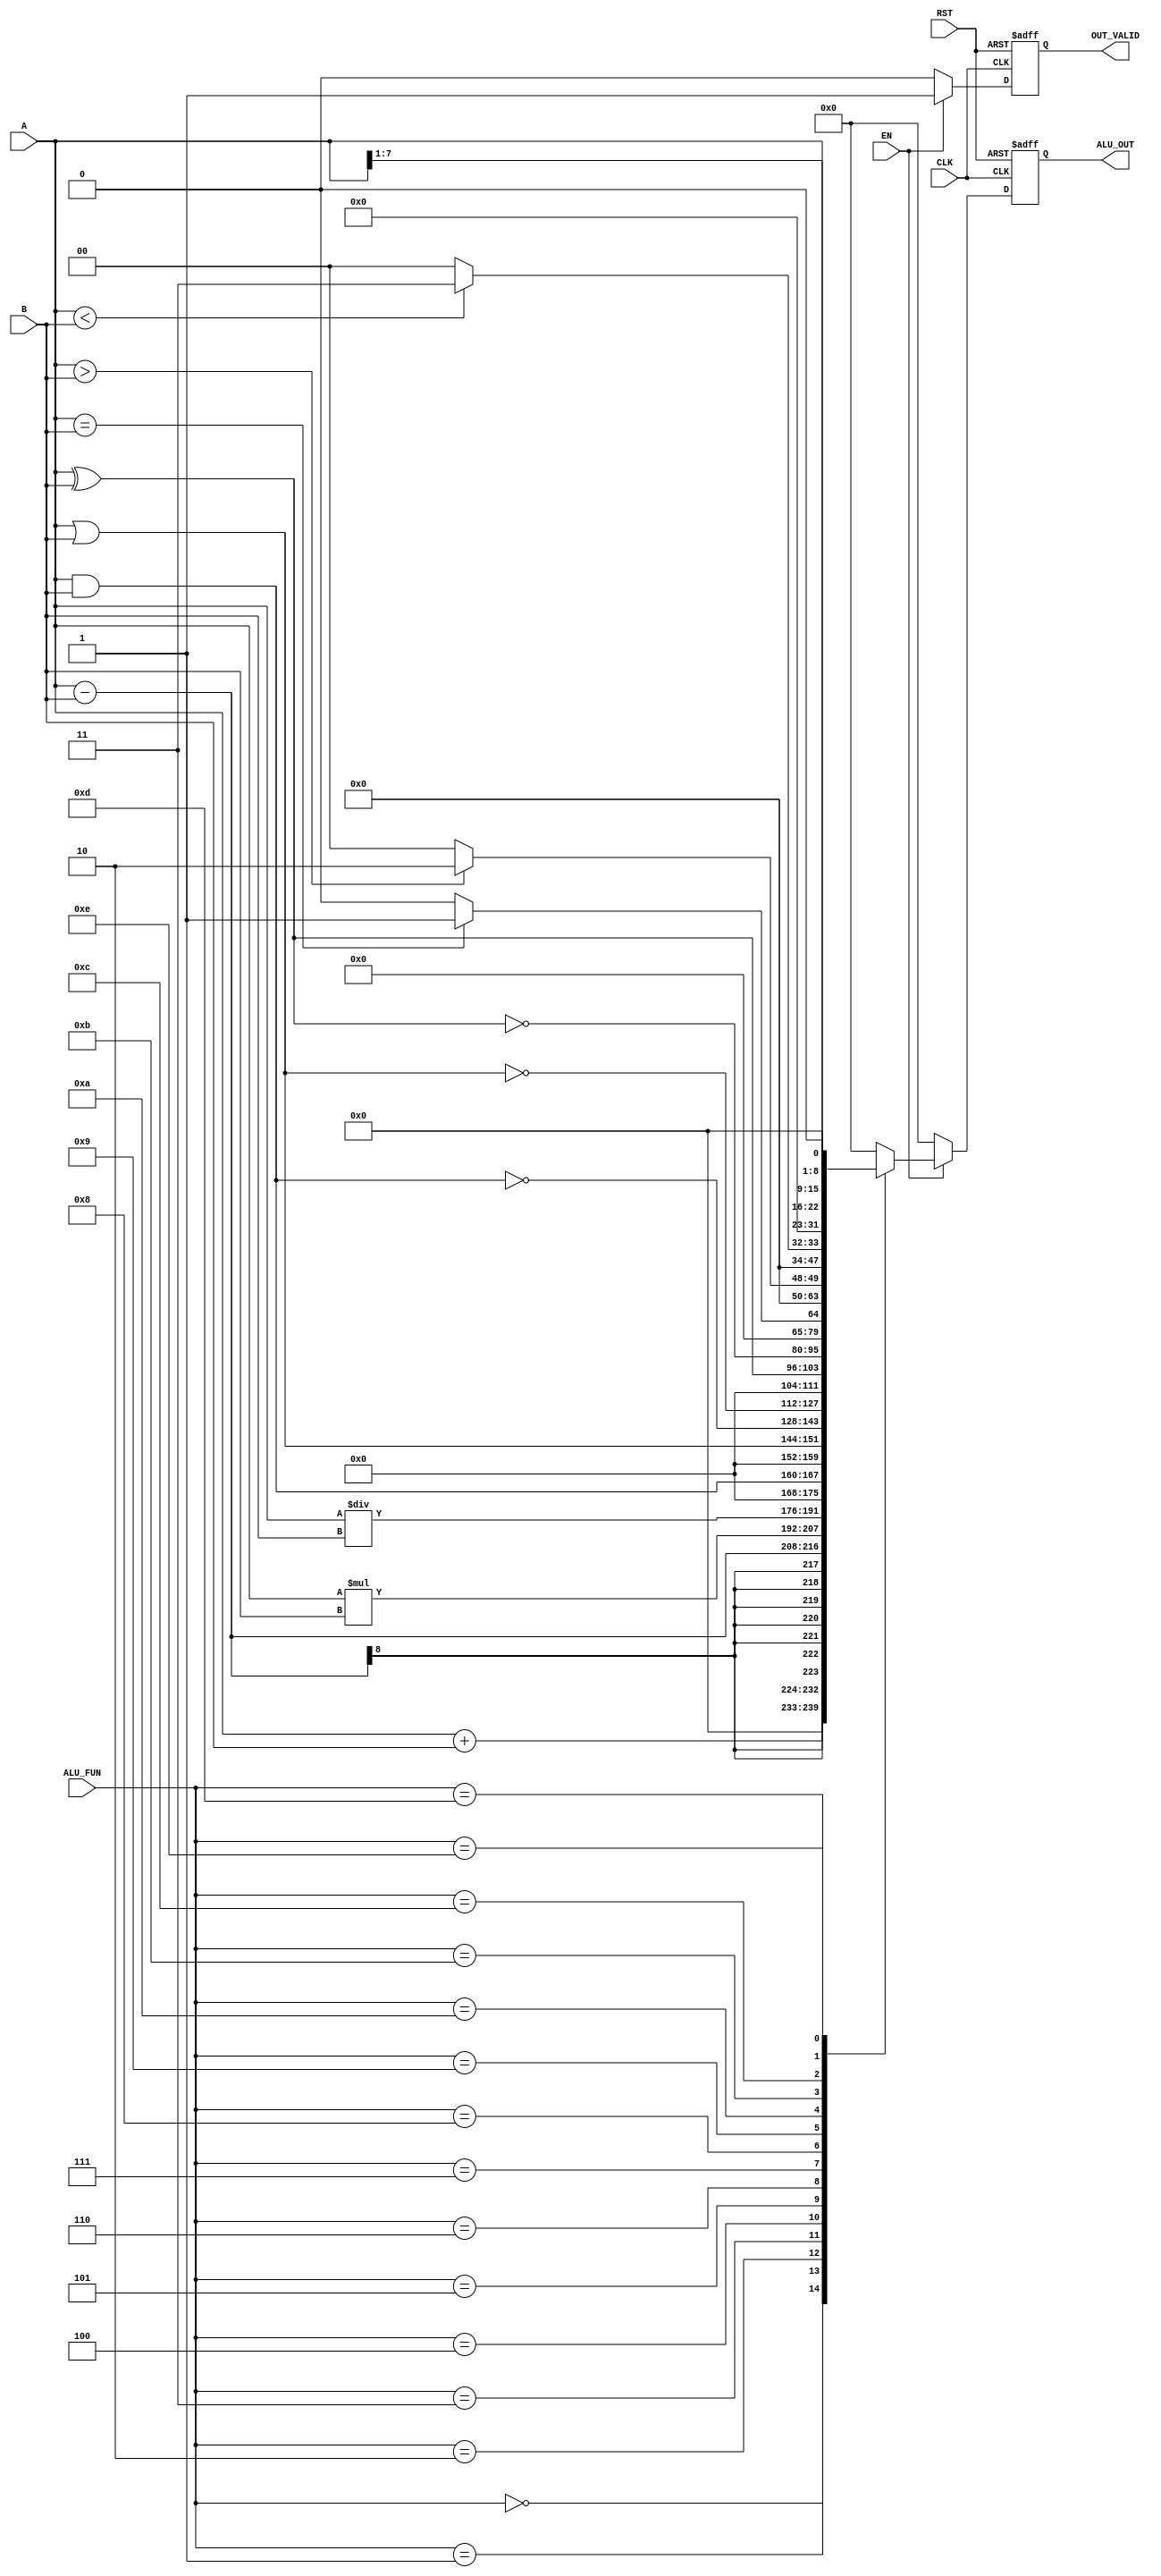
`timescale 1ns / 1ps

//////////////////////////////////////////////////////////////////////////////////
// Diploma: By Eng. Ali Mohamed Eltemsah
// Design Name: DigIC_Dip08_09_ALU
// Module Name: ALU
// Project Name: ALU
//////////////////////////////////////////////////////////////////////////////////


module ALU #( parameter OPER_WIDTH = 8, OUT_WIDTH = OPER_WIDTH*2)
(
    input   wire    [OPER_WIDTH - 1 : 0]    A, 
    input   wire    [OPER_WIDTH - 1 : 0]    B,
    input   wire                            EN,
    input   wire    [3 : 0]                 ALU_FUN,
    input   wire                            CLK,
    input   wire                            RST,  
    output  reg     [OUT_WIDTH - 1 : 0]     ALU_OUT,
    output  reg                             OUT_VALID  
);
  
//internal_signals  
reg [OUT_WIDTH-1:0] ALU_OUT_Comb;
reg                 OUT_VALID_Comb;


always @(posedge CLK or negedge RST)
    begin
        if(!RST)
            begin
                ALU_OUT   <= 'b0 ;
                OUT_VALID <= 1'b0 ;	
            end
        else 
            begin  
                ALU_OUT   <= ALU_OUT_Comb ;
                OUT_VALID <= OUT_VALID_Comb ;
            end	
    end  

always @(*)
    begin
        OUT_VALID_Comb = 1'b0 ;
        ALU_OUT_Comb   = 1'b0 ;
        if(EN)
            begin   
                OUT_VALID_Comb = 1'b1 ;
                case (ALU_FUN) 
                    4'b0000: begin
                        ALU_OUT_Comb = A+B;
                    end
                    4'b0001: begin
                        ALU_OUT_Comb = A-B;
                    end
                    4'b0010: begin
                        ALU_OUT_Comb = A*B;
                    end
                    4'b0011: begin
                        ALU_OUT_Comb = A/B;
                    end
                    4'b0100: begin
                        ALU_OUT_Comb = A & B;
                    end
                    4'b0101: begin
                        ALU_OUT_Comb = A | B;
                    end
                    4'b0110: begin
                        ALU_OUT_Comb = ~ (A & B);
                    end
                    4'b0111: begin
                        ALU_OUT_Comb = ~ (A | B);
                    end     
                    4'b1000: begin
                        ALU_OUT_Comb =  (A ^ B);
                    end
                    4'b1001: begin
                        ALU_OUT_Comb = ~ (A ^ B);
                    end           
                    4'b1010: begin
                        if (A==B)
                            ALU_OUT_Comb = 'b1;
                        else
                            ALU_OUT_Comb = 'b0;
                    end
                    4'b1011: begin
                        if (A>B)
                            ALU_OUT_Comb = 'b10;
                        else
                            ALU_OUT_Comb = 'b0;
                    end 
                    4'b1100: begin
                        if (A<B)
                            ALU_OUT_Comb = 'b11;
                        else
                            ALU_OUT_Comb = 'b0;
                    end     
                    4'b1101: begin
                        ALU_OUT_Comb = A>>1;
                    end
                    4'b1110: begin 
                        ALU_OUT_Comb = A<<1;
                    end
                    default: begin
                        ALU_OUT_Comb = 'b0;
                    end
                endcase
            end
        else
            begin
                OUT_VALID_Comb = 1'b0 ;
            end   
    end  
  
  

endmodule